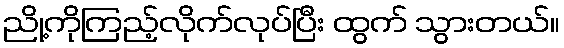
ညို့ကိုကြည့်လိုက်လုပ်ပြီး ထွက် သွားတယ်။